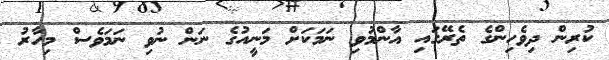
ކުރިން ދިވެހިންގެ ތެރޭގައި އާންމުވި ނަމަކަށް މަނީއުގެ ނަން ނުވި ނަމަވެސް މިހާރު